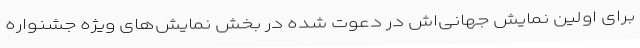
برای اولین نمایش جهانی‌اش در دعوت شده در بخش نمایش‌های ویژه جشنواره